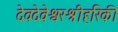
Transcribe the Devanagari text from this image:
देवदेवेश्वरश्रीहरिकी